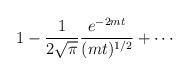
\begin{align*}1 -\frac{1}{2 \sqrt{\pi}} \frac{e^{-2 m t}}{(mt)^{1/2}}+ \cdots\end{align*}